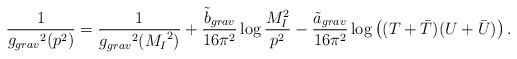
\begin{align*}{\frac{1}{{g_{grav}}^2 (p^2) }} = {\frac{1}{{g_{grav}}^2 ({M_I}^2) }}+ {\frac{{\tilde b}_{grav}}{16 \pi^2}} \log {\frac{M_{I}^2}{p^2}} - \frac{{\tilde a}_{grav}}{16 \pi^2} \log \left((T + {\bar T})(U + {\bar U})\right).\end{align*}